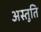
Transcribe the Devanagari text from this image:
अस्तुति